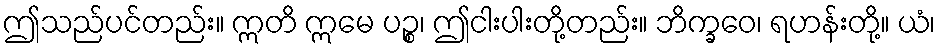
ဤသည်ပင်တည်း။ ဣတိ ဣမေ ပဉ္စ၊ ဤငါးပါးတို့တည်း။ ဘိက္ခဝေ၊ ရဟန်းတို့။ ယံ၊